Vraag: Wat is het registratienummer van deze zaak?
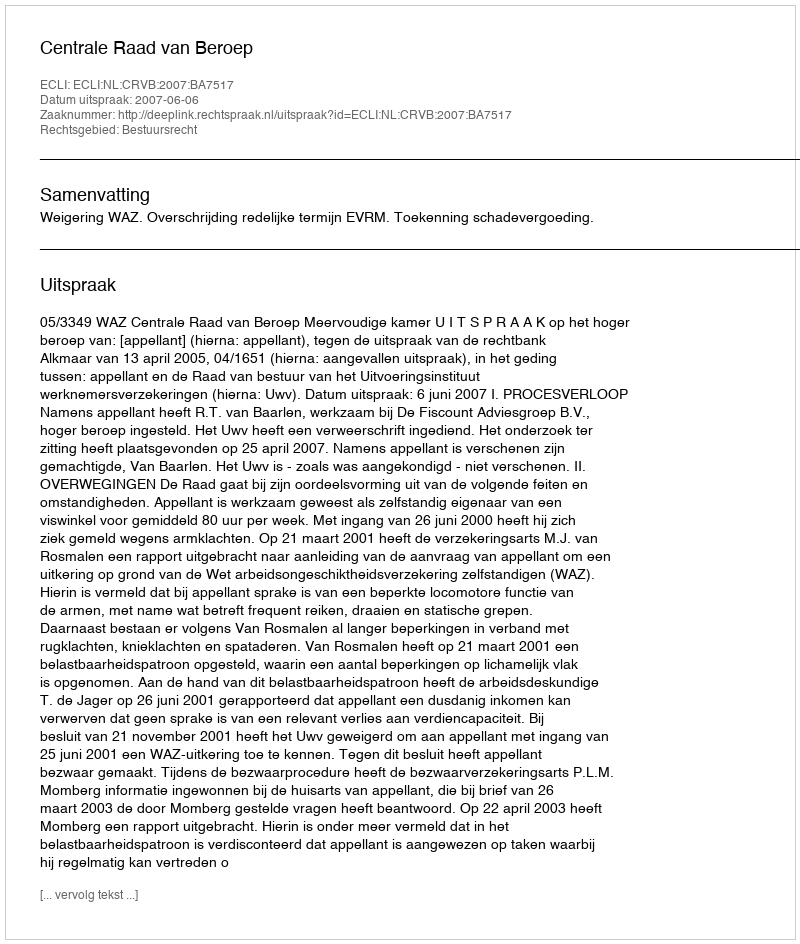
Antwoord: http://deeplink.rechtspraak.nl/uitspraak?id=ECLI:NL:CRVB:2007:BA7517